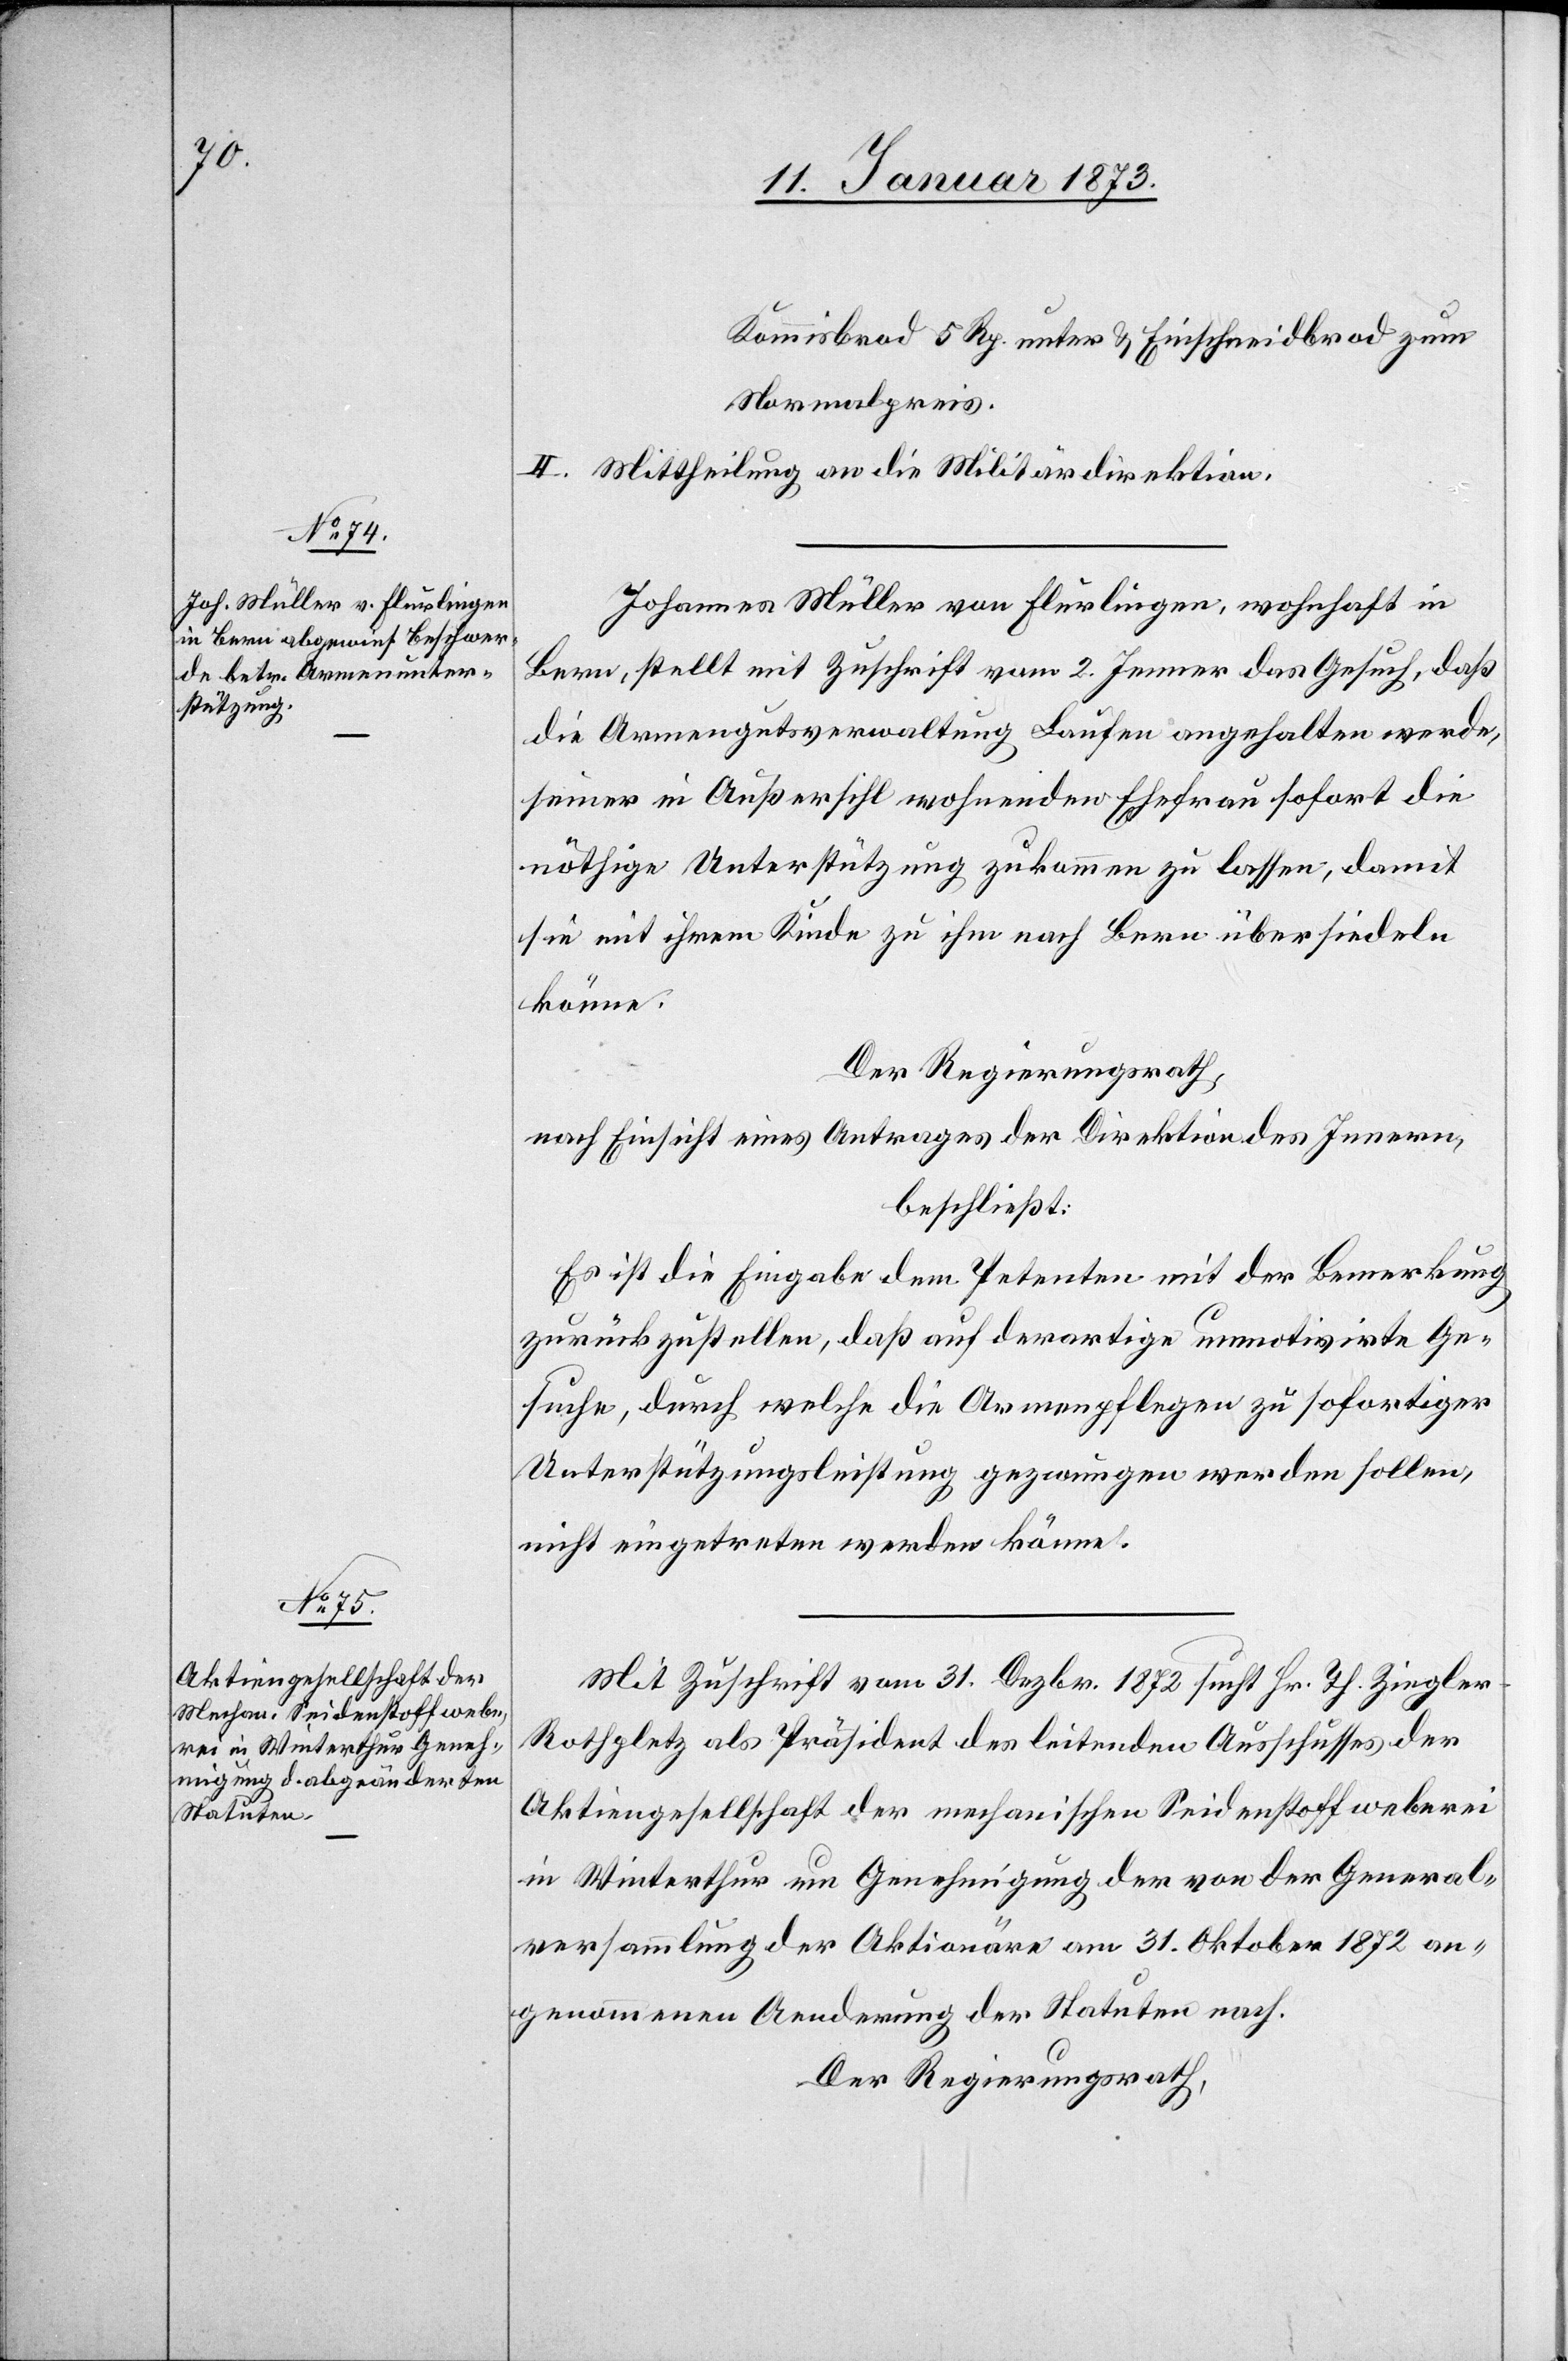
Kommisbrod 5 Rp. unter & Einschneidbrod zum
Normalpreis.
II. Mittheilung an die Militärdirektion.
Johannes Müller von Flurlingen, wohnhaft in
Bern, stellt mit Zuschrift vom 2. Jenner das Gesuch, daß
die Armengutsverwaltung Laufen angehalten werde,
seiner in Außersihl wohnenden Ehefrau sofort die
nöthige Unterstützung zukommen zu lassen, damit
sie mit ihrem Kinde zu ihm nach Bern übersiedeln
könne.
Der Regierungsrath,
nach Einsicht eines Antrages der Direktion des Innern,
beschließt:
Es ist die Eingabe dem Petenten mit der Bemerkung
zurückzustellen, daß auf derartige unmotivirte Ge¬
suche, durch welche die Armenpflegen zu sofortiger
Unterstützungsleistung gezwungen werden sollen,
nicht eingetreten werden könne.
Mit Zuschrift vom 31. Dezbr. 1872 sucht Hr. T. Ziegle¬
r-Rothpletz als Präsident des leitenden Ausschusses der
Aktiengesellschaft der mechanischen Seidenstoffweberei
in Winterthur um Genehmigung der von der General¬
versammlung der Aktionäre am 31. Oktober 1872 an¬
genommenen Aenderung der Statuten nach.
Der Regierungsrath,